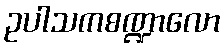
ဥပါသကစဏ္ဍာလော